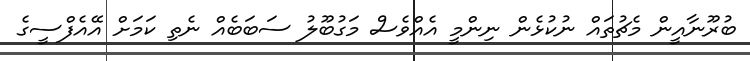
ބުރޫނާއީން މެޗުތައް ނުކުޅެން ނިންމީ އެއްވެސް މަގުބޫލު ސަބަބެއް ނެތި ކަމަށް އޭއެފްސީގެ